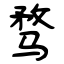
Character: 骛